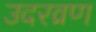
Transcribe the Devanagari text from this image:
उदरव्रण